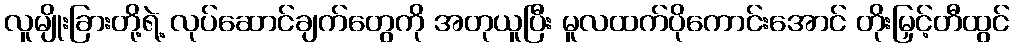
လူမျိုးခြားတို့ရဲ့ လုပ်ဆောင်ချက်တွေကို အတုယူပြီး မူလထက်ပိုကောင်းအောင် တိုးမြှင့်တီထွင်